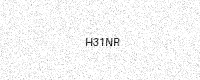
Text: H31NR